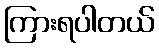
ကြားရပါတယ်